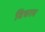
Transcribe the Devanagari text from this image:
विचरम